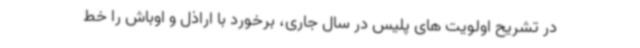
در تشریح اولویت های پلیس در سال جاری، برخورد با اراذل و اوباش را خط